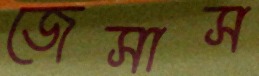
জেসাস